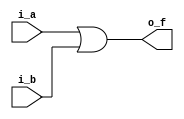



module OR2_v
  (input i_a, i_b,
   output o_f);
   
  assign o_f = i_a | i_b;
  
  endmodule